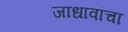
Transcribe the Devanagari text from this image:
जाधावांचा